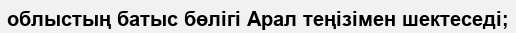
облыстың батыс бөлігі Арал теңізімен шектеседі;